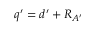
q ^ { \prime } = d ^ { \prime } + R _ { A ^ { \prime } }